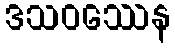
ဒသဝဿေန